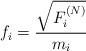
LaTeX: \begin{align*}f_i = \frac{\sqrt{F_i^{(N)}}}{m_i}\end{align*}